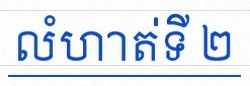
លំហាត់ទី ២